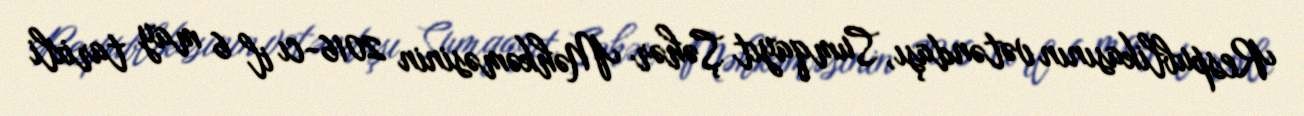
Respublikasının vətəndaşı, Sumqayıt Şəhər Məhkəməsinin 2016-cı il 6 may tarixli